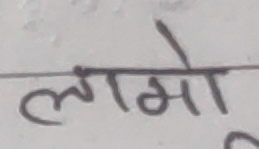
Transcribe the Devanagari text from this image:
लामो